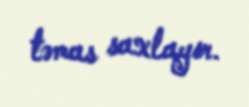
təmas saxlayır.